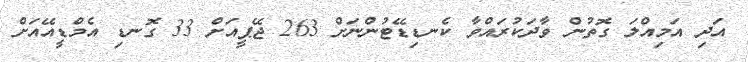
އަދި އަމިއްލަ ގޮތުން ވާދަކުރައްވާ ކެނޑިޑޭޓުންނަށް 263 ޖޭޕީއަށް 33 ގޮނޑި އެމްޑީއޭއަށް